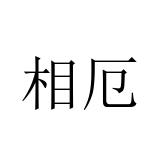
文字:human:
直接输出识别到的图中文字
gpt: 相厄